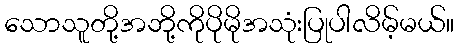
သောသူတို့အဘို့ကိုပိုမိုအသုံးပြုပါလိမ့်မယ်။